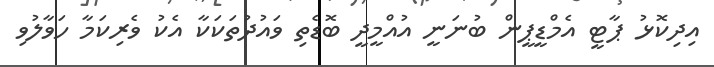
އިދިކޮޅު ޕާޓީ އެމްޑީޕީން ބުނަނީ އުއްމީދީ ބޮޑެތި ވައުދުތަކަކާ އެކު ވެރިކަމާ ހަވާލުވި